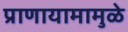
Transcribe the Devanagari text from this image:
प्राणायामामुळे